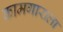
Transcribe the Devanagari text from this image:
कामगाराला